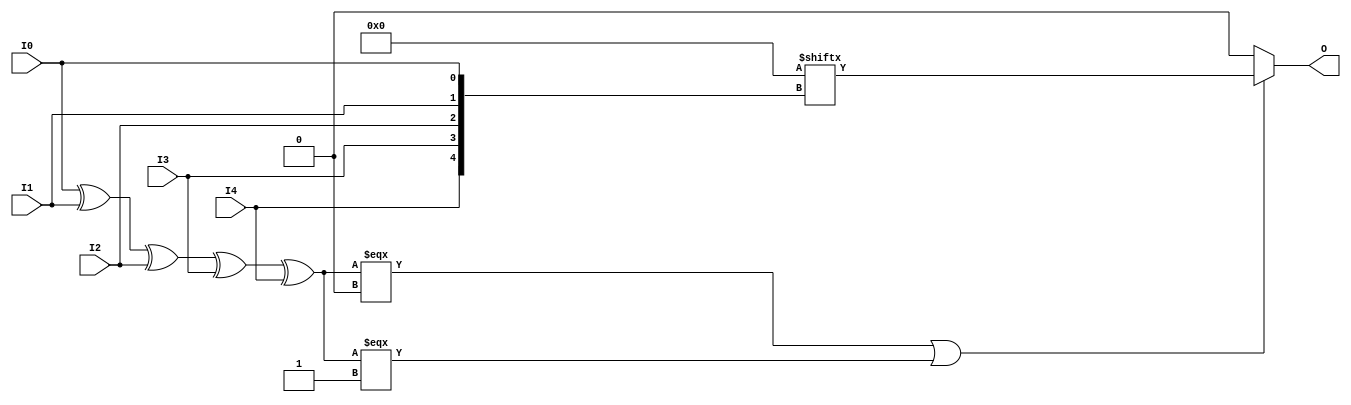
module LUT5 #(
`ifdef XIL_TIMING
  parameter LOC = "UNPLACED",
`endif
  parameter [31:0] INIT = 32'h00000000
)(
  output O,

  input I0,
  input I1,
  input I2,
  input I3,
  input I4
);

// define constants
  localparam MODULE_NAME = "LUT5";

  reg trig_attr = 1'b0;
// include dynamic registers - XILINX test only
`ifdef XIL_DR
  `include "LUT5_dr.v"
`else
  reg [31:0] INIT_REG = INIT;
`endif

// begin behavioral model

  reg O_out;

  assign O = O_out;

  function lut_mux4_f;
  input [3:0] d;
  input [1:0] s;
  begin
    if (((s[1]^s[0]) === 1'b1) || ((s[1]^s[0]) === 1'b0))
      lut_mux4_f = d[s];
    else if ( ~(|d) || &d)
      lut_mux4_f = d[0];
    else if (((s[0] === 1'b1) || (s[0] === 1'b0)) && (d[{1'b0,s[0]}] === d[{1'b1,s[0]}]))
      lut_mux4_f = d[{1'b0,s[0]}];
    else if (((s[1] === 1'b1) || (s[1] === 1'b0)) && (d[{s[1],1'b0}] === d[{s[1],1'b1}]))
      lut_mux4_f = d[{s[1],1'b0}];
    else
      lut_mux4_f = 1'bx;
  end
  endfunction

  function lut_mux8_f;
  input [7:0] d;
  input [2:0] s;
  begin
    if (((s[2]^s[1]^s[0]) === 1'b1) || ((s[2]^s[1]^s[0]) === 1'b0))
      lut_mux8_f = d[s];
    else if ( ~(|d) || &d)
      lut_mux8_f = d[0];
    else if ((((s[1]^s[0]) === 1'b1) || ((s[1]^s[0]) === 1'b0)) &&
             (d[{1'b0,s[1:0]}] === d[{1'b1,s[1:0]}]))
      lut_mux8_f = d[{1'b0,s[1:0]}];
    else if ((((s[2]^s[0]) === 1'b1) || ((s[2]^s[0]) === 1'b0)) &&
             (d[{s[2],1'b0,s[0]}] === d[{s[2],1'b1,s[0]}]))
      lut_mux8_f = d[{s[2],1'b0,s[0]}];
    else if ((((s[2]^s[1]) === 1'b1) || ((s[2]^s[1]) === 1'b0)) &&
             (d[{s[2],s[1],1'b0}] === d[{s[2],s[1],1'b1}]))
      lut_mux8_f = d[{s[2:1],1'b0}];
    else if (((s[0] === 1'b1) || (s[0] === 1'b0)) &&
             (d[{1'b0,1'b0,s[0]}] === d[{1'b0,1'b1,s[0]}]) &&
             (d[{1'b0,1'b0,s[0]}] === d[{1'b1,1'b0,s[0]}]) &&
             (d[{1'b0,1'b0,s[0]}] === d[{1'b1,1'b1,s[0]}]))
      lut_mux8_f = d[{1'b0,1'b0,s[0]}];
    else if (((s[1] === 1'b1) || (s[1] === 1'b0)) &&
             (d[{1'b0,s[1],1'b0}] === d[{1'b0,s[1],1'b1}]) &&
             (d[{1'b0,s[1],1'b0}] === d[{1'b1,s[1],1'b0}]) &&
             (d[{1'b0,s[1],1'b0}] === d[{1'b1,s[1],1'b1}]))
      lut_mux8_f = d[{1'b0,s[1],1'b0}];
    else if (((s[2] === 1'b1) || (s[2] === 1'b0)) &&
             (d[{s[2],1'b0,1'b0}] === d[{s[2],1'b0,1'b1}]) &&
             (d[{s[2],1'b0,1'b0}] === d[{s[2],1'b1,1'b0}]) &&
             (d[{s[2],1'b0,1'b0}] === d[{s[2],1'b1,1'b1}]))
      lut_mux8_f = d[{s[2],1'b0,1'b0}];
    else
      lut_mux8_f = 1'bx;
  end
  endfunction

 always @(I0 or I1 or I2 or I3 or I4)  begin
   if ( (I0 ^ I1  ^ I2 ^ I3 ^ I4) === 1'b0 || (I0 ^ I1  ^ I2 ^ I3 ^ I4) === 1'b1)
     O_out = INIT_REG[{I4, I3, I2, I1, I0}];
   else if ( ~(|INIT_REG) || &INIT_REG )
     O_out = INIT_REG[0];
   else
     O_out = lut_mux4_f ({lut_mux8_f (INIT_REG[31:24], {I2, I1, I0}),
                      lut_mux8_f (INIT_REG[23:16], {I2, I1, I0}),
                      lut_mux8_f ( INIT_REG[15:8], {I2, I1, I0}),
                      lut_mux8_f (  INIT_REG[7:0], {I2, I1, I0})}, {I4, I3});
  end

// end behavioral model

`ifdef XIL_TIMING
  specify
	(I0 => O) = (0:0:0, 0:0:0);
	(I1 => O) = (0:0:0, 0:0:0);
	(I2 => O) = (0:0:0, 0:0:0);
	(I3 => O) = (0:0:0, 0:0:0);
	(I4 => O) = (0:0:0, 0:0:0);
	specparam PATHPULSE$ = 0;
  endspecify
`endif

endmodule